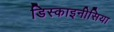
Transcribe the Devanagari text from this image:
डिस्काइनीसिया